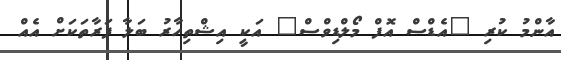
އާންމު ކުރި "އެޑްސް އޮފް މޯލްޑިވްސް" އަކީ އިޝްތިހާރު ބަލާ ފަރާތަކަށް އެއް